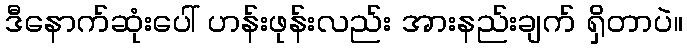
ဒီနောက်ဆုံးပေါ် ဟန်းဖုန်းလည်း အားနည်းချက် ရှိတာပဲ။